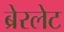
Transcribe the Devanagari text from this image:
ब्रेरलेट